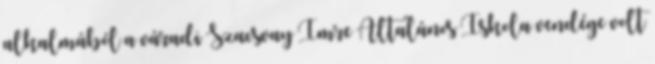
alkalmából a váradi Szacsvay Imre Általános Iskola vendége volt